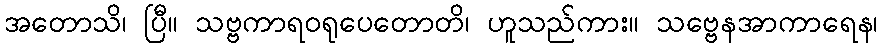
အတောသိ၊ ပြီ။ သဗ္ဗကာရဝရုပေတောတိ၊ ဟူသည်ကား။ သဗ္ဗေနအာကာရေန၊